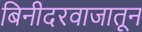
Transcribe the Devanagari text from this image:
बिनीदरवाजातून